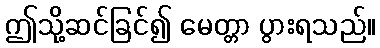
ဤသို့ဆင်ခြင်၍ မေတ္တာ ပွားရသည်။